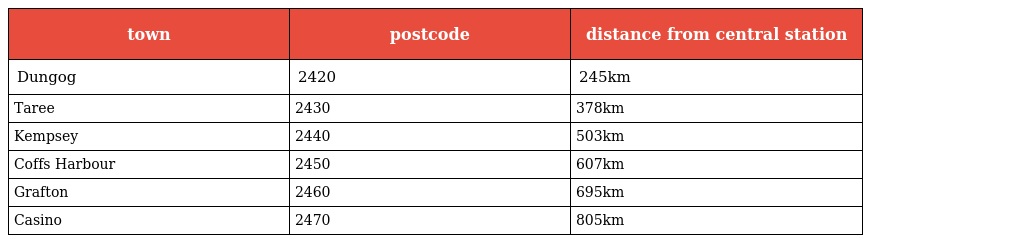
| town | postcode | distance from central station |
 | --- | --- | --- |
 | Dungog | 2420 | 245km |
 | Taree | 2430 | 378km |
 | Kempsey | 2440 | 503km |
 | Coffs Harbour | 2450 | 607km |
 | Grafton | 2460 | 695km |
 | Casino | 2470 | 805km |